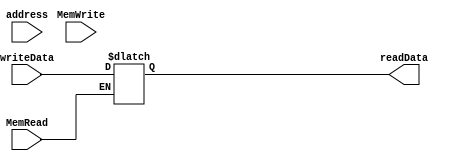
module Data_Memory(
  input [3:0] address,
  input [3:0] writeData,
  input MemRead,
  input MemWrite,
  output reg [3:0] readData);

  reg [3:0] Data[15:0];

  initial begin
    Data[0] = 4'b0000;
    Data[1] = 4'b0001;
    Data[2] = 4'b0010;
    Data[3] = 4'b0000;
    Data[4] = 4'b0000;
  end

  always @(address, writeData, MemRead, MemWrite) begin
    if (MemWrite == 1)
        Data[address] = writeData;
    if (MemRead == 1)
        readData = Data[address];
  end
endmodule